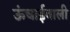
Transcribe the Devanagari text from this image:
ऊंचाईवाली